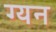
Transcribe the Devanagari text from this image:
ग्यन